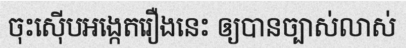
ចុះស៊ើបអង្កេតរឿងនេះ ឲ្យបានច្បាស់លាស់